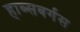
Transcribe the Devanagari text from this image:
हाब्सबर्गस